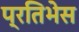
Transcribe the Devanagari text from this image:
प्रतिभेस